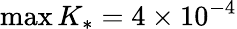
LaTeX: \operatorname*{max}{K_{*}}=4\times 10^{-4}